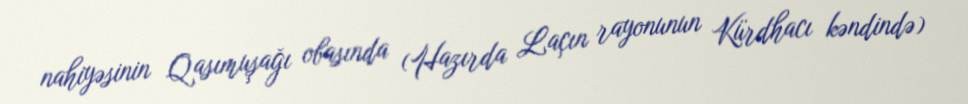
nahiyəsinin Qasımuşağı obasında (Hazırda Laçın rayonunun Kürdhacı kəndində)